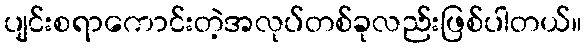
ပျင်းစရာကောင်းတဲ့အလုပ်တစ်ခုလည်းဖြစ်ပါတယ်။